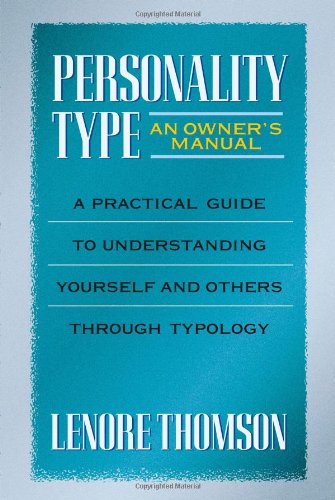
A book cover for Personality Type (Jung on the Hudson Book Series); Lenore Thomson; Health, Fitness & Dieting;